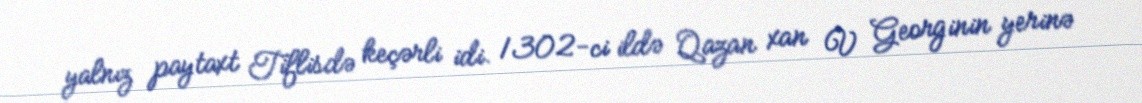
yalnız paytaxt Tiflisdə keçərli idi. 1302-ci ildə Qazan xan V Georginin yerinə